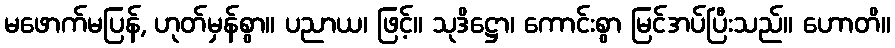
မဖောက်မပြန်, ဟုတ်မှန်စွာ။ ပညာယ၊ ဖြင့်။ သုဒိဋ္ဌော၊ ကောင်းစွာ မြင်အပ်ပြီးသည်။ ဟောတိ။